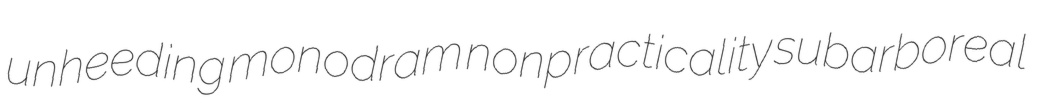
unheeding monodram nonpracticality subarboreal